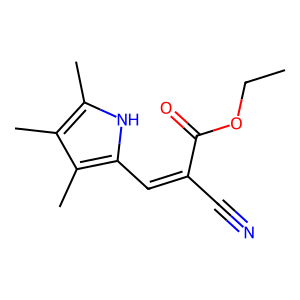
SMILES: CCOC(=O)C(C#N)=Cc1[nH]c(C)c(C)c1C
Inhibits HIV replication: No